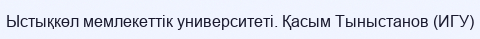
Ыстықкөл мемлекеттік университеті. Қасым Тыныстанов (ИГУ)